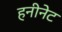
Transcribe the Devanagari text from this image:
हनीनेट